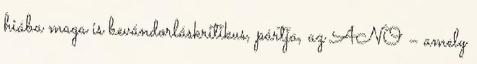
hiába maga is bevándorláskritikus, pártja, az ANO – amely